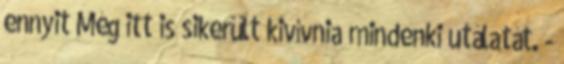
ennyit Még itt is sikerült kivívnia mindenki utálatát. -